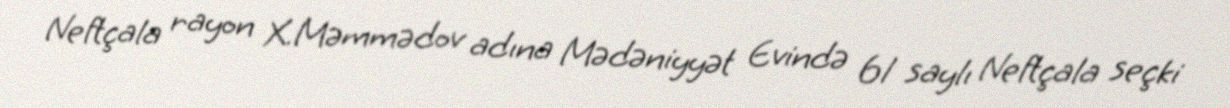
Neftçala rayon X.Məmmədov adına Mədəniyyət Evində 61 saylı Neftçala seçki